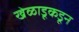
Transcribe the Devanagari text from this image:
खेळाडूकडून